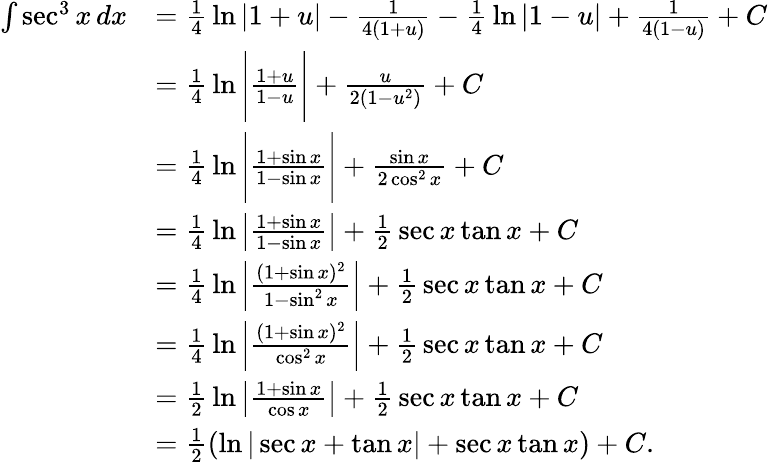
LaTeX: {\begin{array}{rl}{\int\sec^{3}x\, dx}&{={\frac{1}{4}}\ln|1+u|-{\frac{1}{4(1+u)}}-{\frac{1}{4}}\ln|1-u|+{\frac{1}{4(1-u)}}+C}\\ &{={\frac{1}{4}}\ln{\Biggl|}{\frac{1+u}{1-u}}{\Biggl|}+{\frac{u}{2(1-u^{2})}}+C}\\ &{={\frac{1}{4}}\ln{\Biggl|}{\frac{1+\sin x}{1-\sin x}}{\Biggl|}+{\frac{\sin x}{2\cos^{2}x}}+C}\\ &{={\frac{1}{4}}\ln\left|{\frac{1+\sin x}{1-\sin x}}\right|+{\frac{1}{2}}\sec x\tan x+C}\\ &{={\frac{1}{4}}\ln\left|{\frac{(1+\sin x)^{2}}{1-\sin^{2}x}}\right|+{\frac{1}{2}}\sec x\tan x+C}\\ &{={\frac{1}{4}}\ln\left|{\frac{(1+\sin x)^{2}}{\cos^{2}x}}\right|+{\frac{1}{2}}\sec x\tan x+C}\\ &{={\frac{1}{2}}\ln\left|{\frac{1+\sin x}{\cos x}}\right|+{\frac{1}{2}}\sec x\tan x+C}\\ &{={\frac{1}{2}}(\ln|\sec x+\tan x|+\sec x\tan x)+C.}\end{array}}